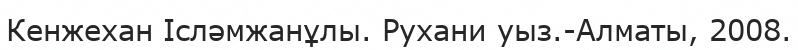
Кенжехан Ісләмжанұлы. Рухани уыз.-Алматы, 2008.